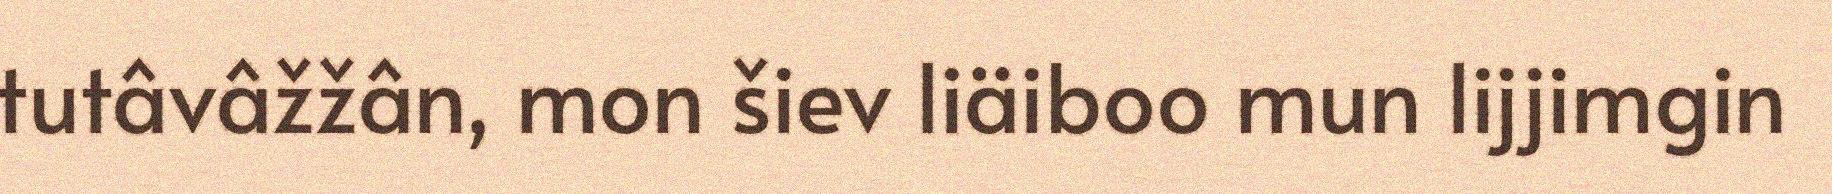
tutâvâžžân, mon šiev liäiboo mun lijjimgin